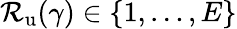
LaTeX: \mathcal{R}_{\mathrm{{u}}}(\gamma)\in\left\{ 1,\ldots,E\right\}